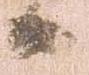
日